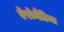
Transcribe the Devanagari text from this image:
ऐरोमैटिमा